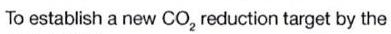
To establish a new CO2 reduction target by the